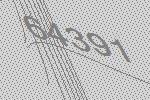
64391